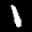
Label: 1